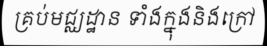
គ្រប់មជ្ឈដ្ឋាន ទាំងក្នុងនិងក្រៅ